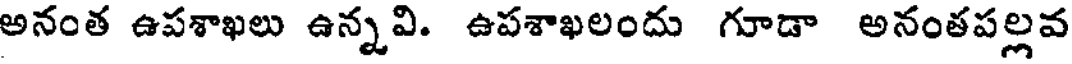
అనంత ఉపశాఖలు ఉన్నవి. ఉపశాఖలందు గూడా అనంతపల్లవ